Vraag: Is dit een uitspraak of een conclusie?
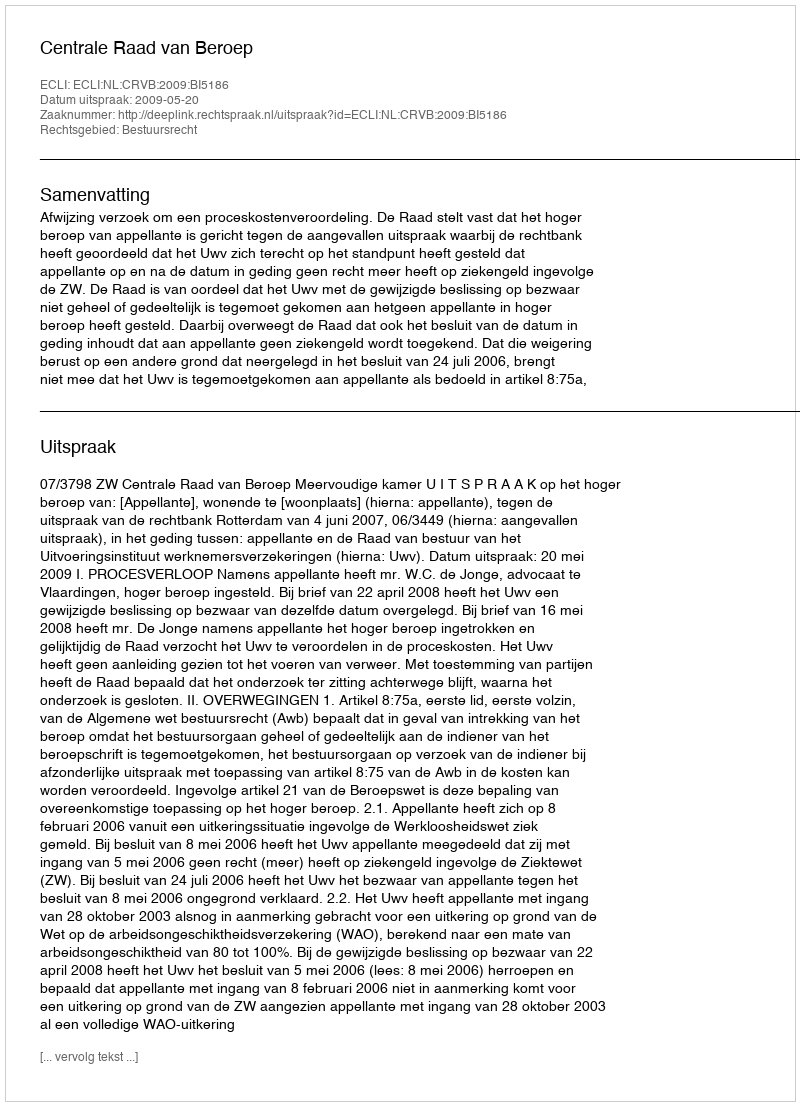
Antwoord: Uitspraak